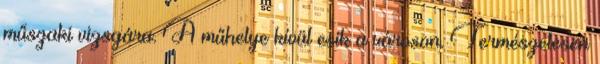
műszaki vizsgára. A műhelye kívül esik a városon. Természetesen